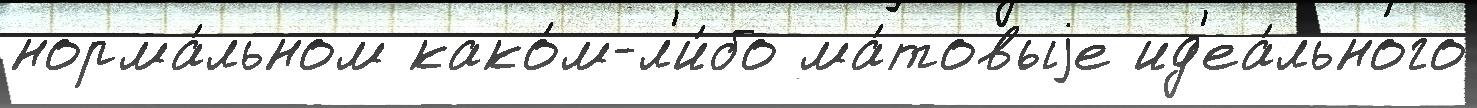
норма́льном како́м-л'и́бо ма́товыjе ид'еа́льного